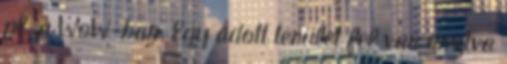
pl. a WoW-ban. Egy adott terület fel van osztva